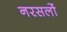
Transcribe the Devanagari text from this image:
नरसलों